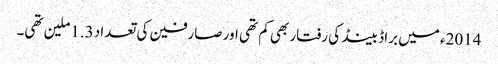
2014ء میں براڈ بینڈ کی رفتار بھی کم تھی اور صارفین کی تعداد 1.3ملین تھی۔